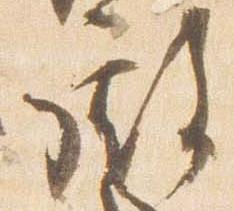
殿